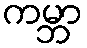
ကမ္ဘာ